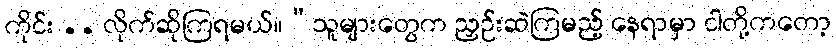
ကိုင်း .. လိုက်ဆိုကြရမယ်။“သူများတွေက ညှဉ်းဆဲကြမည့် နေရာမှာ ငါတို့ကတော့